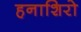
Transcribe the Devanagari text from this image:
हनाशिरो